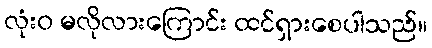
လုံးဝ မလိုလားကြောင်း ထင်ရှားစေပါသည်။